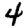
Digit: 4